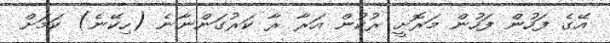
އޭގެ ފަހުން ފަހުން މަރޮށީ ރުކުން އަރާ ރާ ކަރުގަންނާނެ (ހިކޭނެ) ކަމަށް